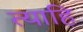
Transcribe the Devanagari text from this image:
त्याहि